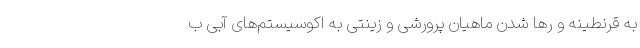
به قرنطینه و رها شدن ماهیان پرورشی و زینتی به اکوسیستم­‌های آبی ب